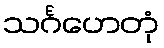
သင်္ဂဟေတုံ